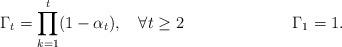
LaTeX: \begin{align*}\Gamma_t = \prod_{k=1}^t (1 - \alpha_t),~~~\forall t \geq 2~~~~~~~~~~~~~~~~~~~~\Gamma_1 = 1.\end{align*}